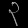
Digit: ၃